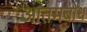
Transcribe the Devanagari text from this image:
आतमबोध